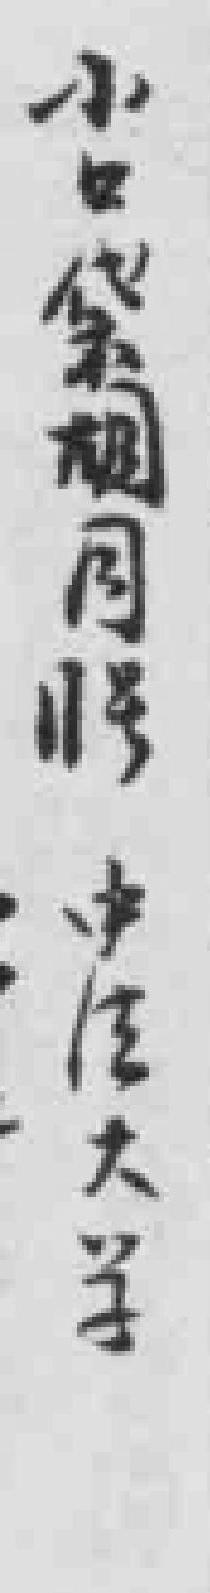
小口袋胡同11号中法大学